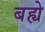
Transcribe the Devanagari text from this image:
बह्ये